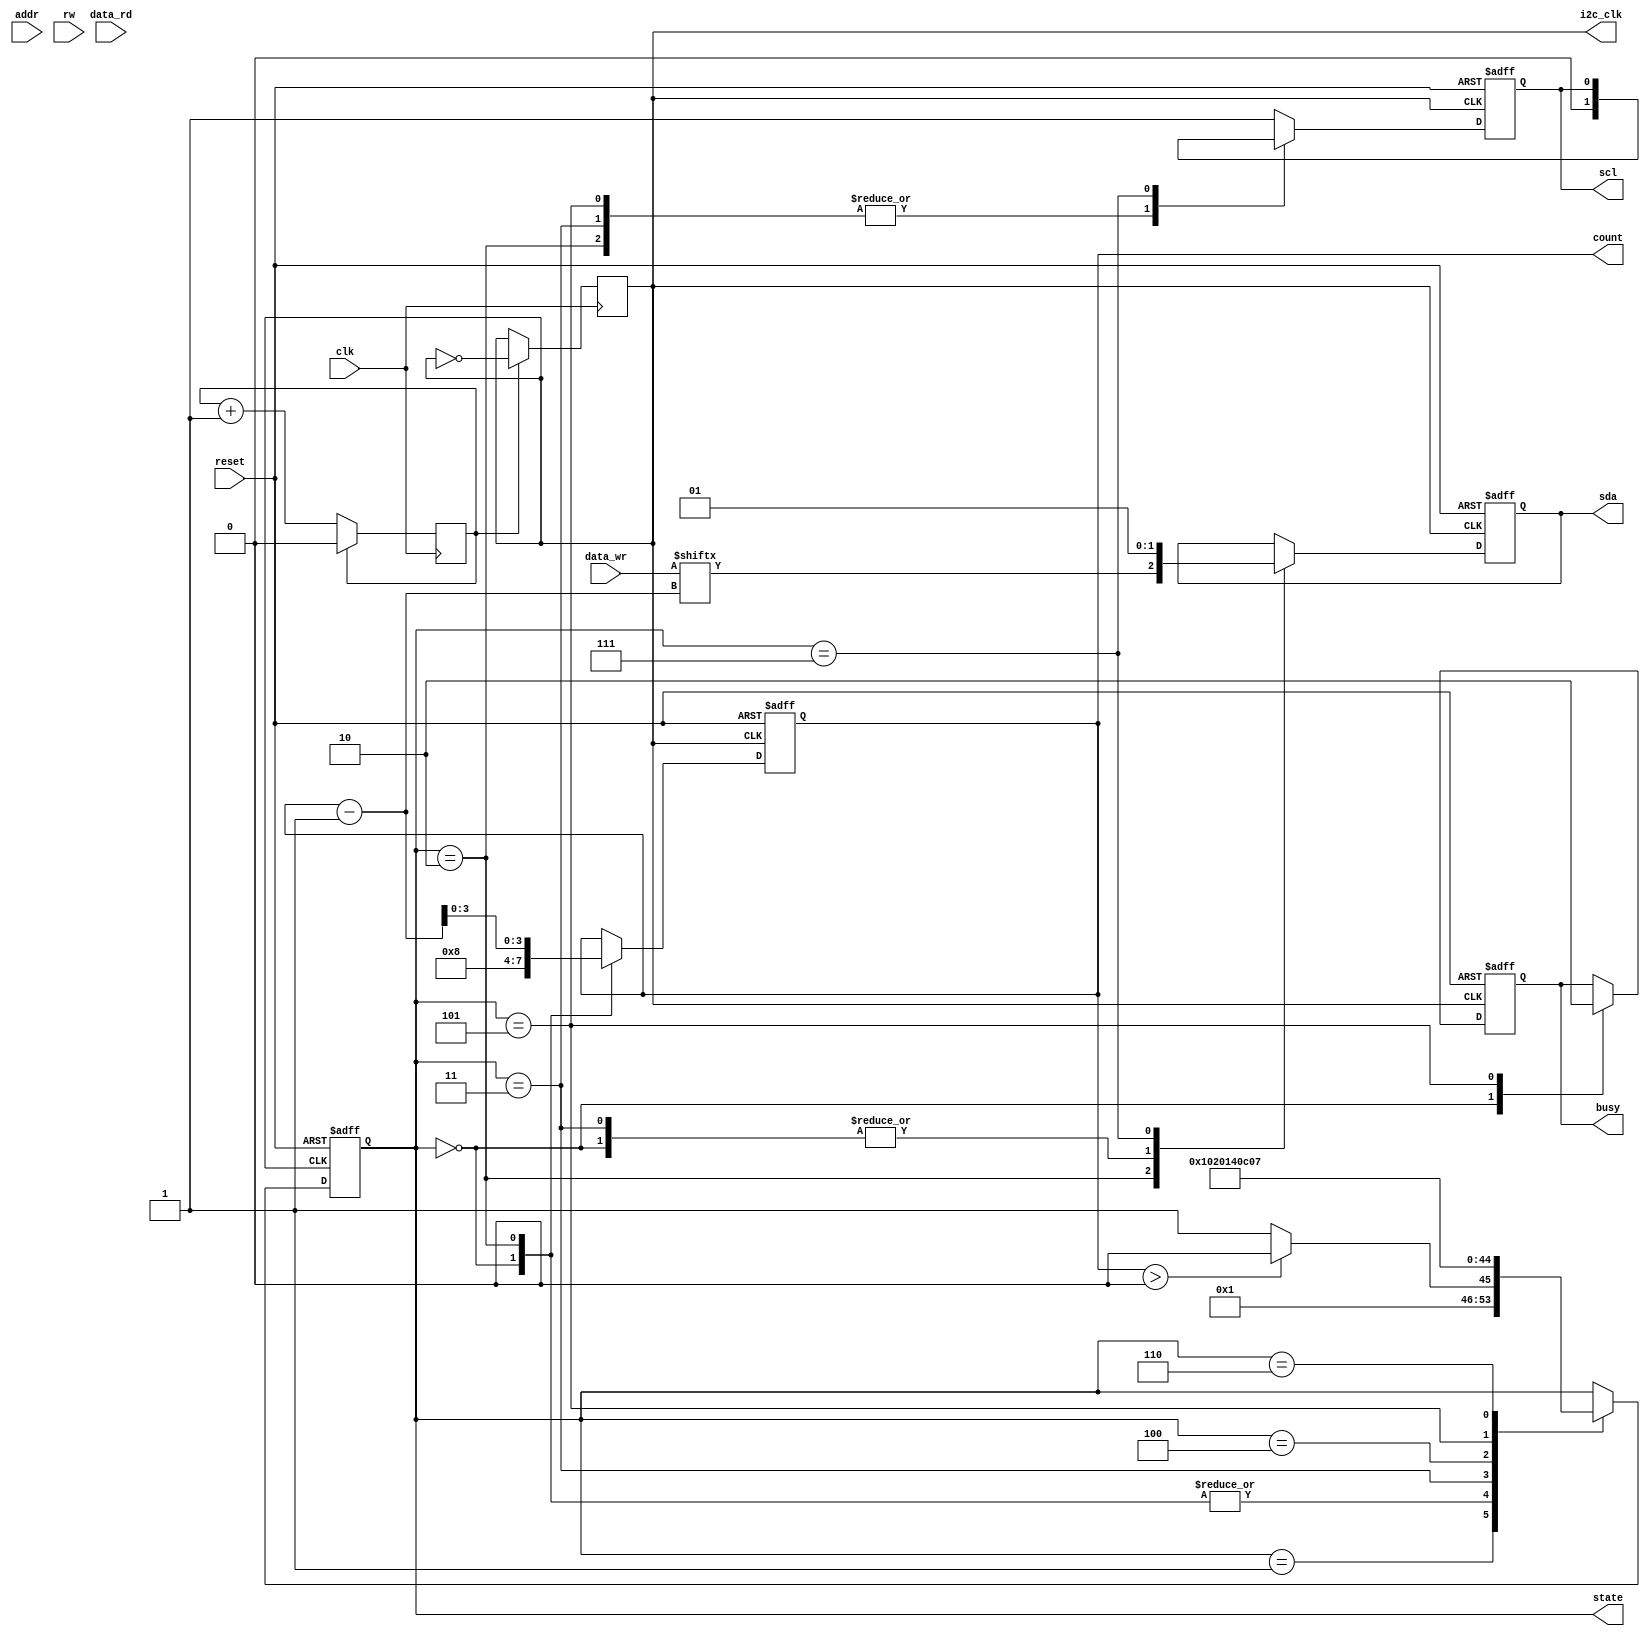
`timescale 1ns / 1ps
//////////////////////////////////////////////////////////////////////////////////
// Company: FPGA PROJECT
// 
// Design Name: 	I2C Master
// Module Name:   i2c-master 
// Project Name: 	I2C protocol
// Target Devices: Spartan 6 Evaluation Board
// Major Revision
// User		Date			Description
// Akhila	15/8/20		Initial Code
// Akhila	15/8/20		Correction for SDA
// Akhila   15/8/20		Add slower clock
//////////////////////////////////////////////////////////////////////////////////
module i2c_master(clk, reset, addr, data_wr, data_rd, rw,scl,sda,busy,state,count,i2c_clk);
	 						
	input clk, reset,rw;					
	input [2:0]addr;					
	input [7:0]data_wr, data_rd;	
	output reg busy;					
	output reg scl, sda;					
	output reg [3:0]count;									
	output reg [8:0]state;	
	output reg i2c_clk;	
	
	localparam START = 0;					
	localparam WRITE = 1;					
	localparam WRITE_DATA = 2;					
	localparam ACK = 3;					
	localparam STOP = 4;	
	localparam STOP2 = 5;
	localparam LAST = 6;
	localparam LAST2 = 7;
	localparam DIVIDE_BY = 4;

	reg counter2 = 0;
	initial i2c_clk = 1;

	always @(posedge clk) begin
		if (counter2 == (DIVIDE_BY/2) - 1) begin
			i2c_clk <= ~i2c_clk;
			counter2 <= 0;
		end
		else counter2 <= counter2 + 1;
	end 
	
	always @ (negedge i2c_clk, posedge reset) //Cannot use state, count				
	begin					
		if (reset == 1)				
		begin				
		scl <= 1;				
		sda <= 1;				
		busy <= 0;				
		count <= 8;			
		state <= START;				
		end				
		else				
		case (state)				
		START:begin				
				busy = 1;		
				sda <= 0; //Start Bit
				scl <= 1; //SCL Should remain 1				
				count <= 8;		
				state = WRITE;		
				end		
		WRITE:begin				
				if (count>0) //>=0 will cause Count to reset to 7		
					begin		
					scl <= 1;
					state <= WRITE_DATA;		
					end					
				else
					begin
					scl <= 1;
					state <= ACK;	
					end
				end		
		WRITE_DATA: begin				
					sda <= data_wr[count-1];
					scl <= 0; 
					count <= count - 1;
					state <= WRITE;					
					end
		ACK:begin				
			 scl <= 0; 	
			 sda <= 0; //ACK =0, NACK =1			 
			 state <= STOP;			
			 end	
		STOP:begin
			 scl <= 1;
			 state <= STOP2;	
			 end
		STOP2:begin
			 scl <= 0; 					
			 //sda <= 1; //Stop Bit		
			 busy <= 0;			
			 state <= LAST;
			 end
		LAST:begin
			 scl <= 1;
			 state <= LAST2;
			 end
		LAST2:begin
			  sda <= 1; //Stop Bit		
			  end
		default:begin
				scl<=1;
				end
			 
		endcase				
	end //end of always					
						
						
	endmodule